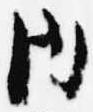
内